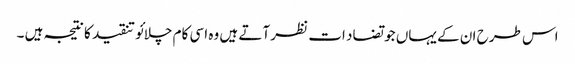
اس طرح ان کے یہاں جو تضاد ات نظر آتے ہیں وہ اسی کام چلائو تنقید کا نتیجہ ہیں ۔